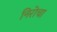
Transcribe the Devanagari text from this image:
निरोचा